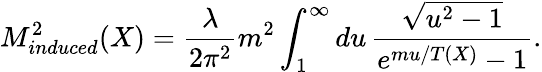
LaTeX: M_{induced}^{2}(X)=\frac{\lambda}{2\pi^{2}}m^{2}\int_{1}^{\infty}du\, \frac{\sqrt{u^{2}-1}}{e^{mu/T(X)}-1}.